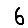
Digit: 6